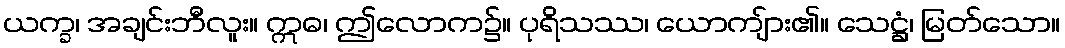
ယက္ခ၊ အချင်းဘီလူး။ ဣဓ၊ ဤလောက၌။ ပုရိသဿ၊ ယောကျ်ား၏။ သေဋ္ဌံ၊ မြတ်သော။